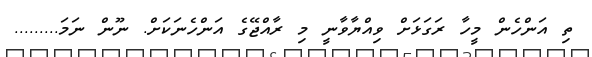
ތި އަންހެން މީހާ ރަގަޅަށް ވިއްޔާވާނީ މި ރާއްޖޭގެ އަންހެނަކަށް. ނޫން ނަމަ.........